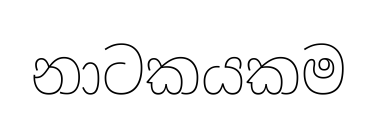
නාටකයකම